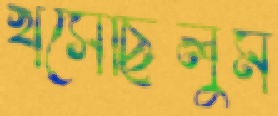
খসেছিলুম